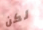
لكن